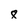
Character: 8